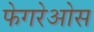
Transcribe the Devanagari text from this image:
फेगरेओस